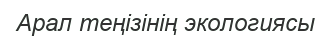
Арал теңізінің экологиясы